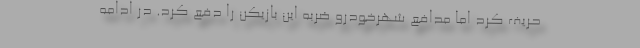
حریف کرد اما مدافع شهرخودرو ضربه این بازیکن را دفع کرد. در ادامه